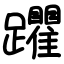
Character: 躣